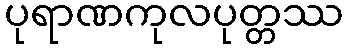
ပုရာဏကုလပုတ္တဿ